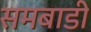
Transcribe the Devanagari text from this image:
समबाडी